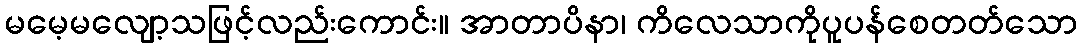
မမေ့မလျော့သဖြင့်လည်းကောင်း။ အာတာပိနာ၊ ကိလေသာကိုပူပန်စေတတ်သော